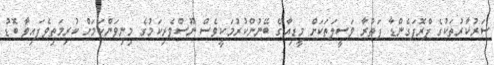
ސަރުކާރުތަކުގެ ޕްރޮޕަގެންޑާ ފަތުރާ ވަސީލަތަކަށް މީޑިއާގެ ބޭނުންކުރުމަކީވެސް ނޫސްވެރިކަމުގެ މިނިވަންކަމަށް ކުރިމަތިވެފައިވާ ބޮޑު